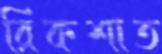
রিকশাত